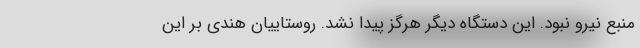
منبع نیرو نبود. این دستگاه دیگر هرگز پیدا نشد. روستاییان هندی بر این